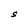
Character: S